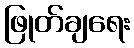
ဖြုတ်ချရေး